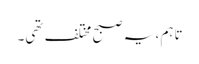
تاہم ، یہ صبح مختلف تھی۔